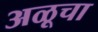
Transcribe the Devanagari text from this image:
अळूचा